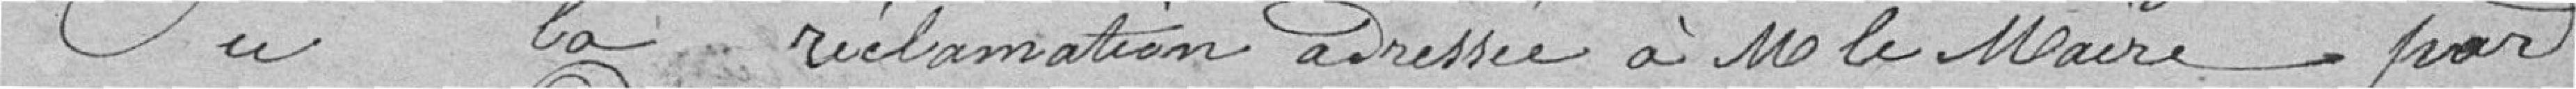
Vu la réclamation adressée à Mr. le Maire par